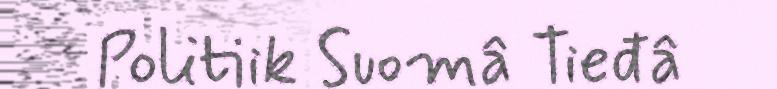
Politiik Suomâ Tieđâ